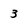
Character: 3